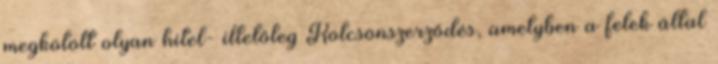
megkötött olyan hitel- illetőleg Kölcsönszerződés, amelyben a felek által